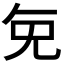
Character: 𭀠